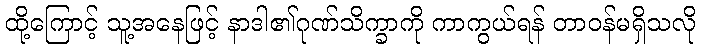
ထို့ကြောင့် သူ့အနေဖြင့် နာဒါ၏ဂုဏ်သိက္ခာကို ကာကွယ်ရန် တာဝန်မရှိသလို